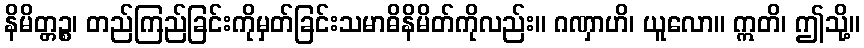
နိမိတ္တဉ္စ၊ တည်ကြည်ခြင်းကိုမှတ်ခြင်းသမာဓိနိမိတ်ကိုလည်း။ ဂဏှာဟိ၊ ယူလော။ ဣတိ၊ ဤသို့။